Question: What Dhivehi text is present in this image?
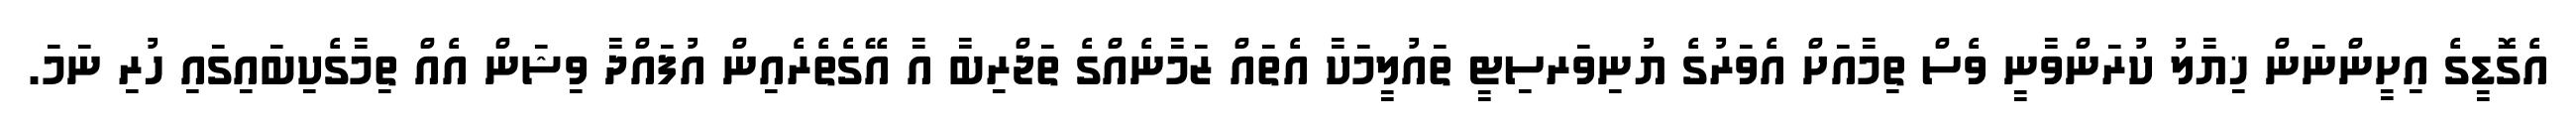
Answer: އެގޮޑީގެ އިށީންނަން ޚިޔާލު ކުރަންވާނީ ވެސް ތިމާއަށް އެވަރުގެ ޔުނިވަރސިޓީ ތައުލީމަކާ އެތައް ޒަމާނެއްގެ ތަޖްރިބާ އާ އޭގެތެރެއިން އުފައްދާ ވިޝަން އެއް ތިމާގެކިބައިގައި ހުރި ނަމަ.